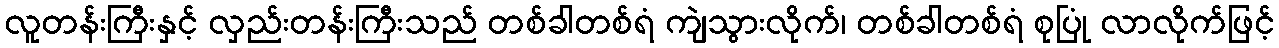
လူတန်းကြီးနှင့် လှည်းတန်းကြီးသည် တစ်ခါတစ်ရံ ကျဲသွားလိုက်၊ တစ်ခါတစ်ရံ စုပြုံ လာလိုက်ဖြင့်